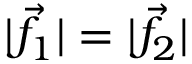
| { \vec { f } } _ { 1 } | = | { \vec { f } } _ { 2 } |